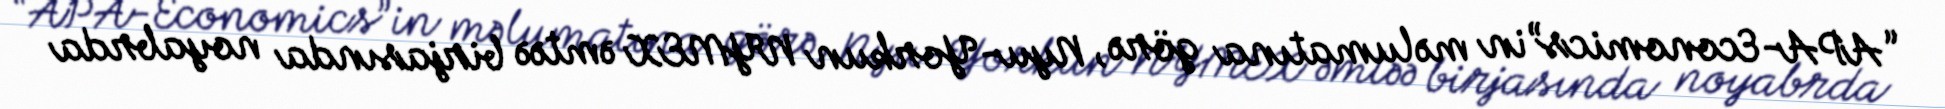
“APA-Economics”in məlumatına görə, Nyu-Yorkun NYMEX əmtəə birjasında noyabrda